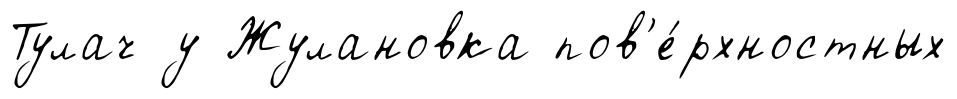
Тулач у Жулановка пов'е́рхностных